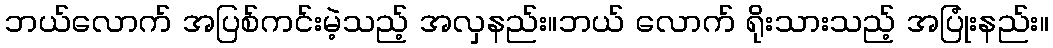
ဘယ်လောက် အပြစ်ကင်းမဲ့သည့် အလှနည်း။ဘယ် လောက် ရိုးသားသည့် အပြုံးနည်း။